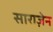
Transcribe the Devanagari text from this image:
साराज़ेन